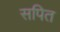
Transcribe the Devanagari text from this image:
सपित